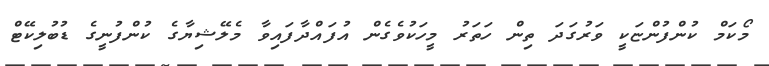
މޯކަމް ކުންފުންޏަކީ ވަރުގަދަ ތިން ހަތަރު މީހަކުވެގެން އުފައްދާފައިވާ މެލޭޝިޔާގެ ކުންފުނީގެ ޑުބުލިކޭޓް